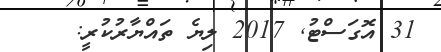
31 އޮގަސްޓު